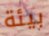
بيئة